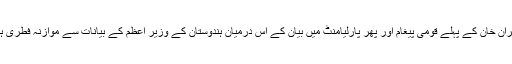
عمران خان کے پہلے قومی پیغام اور پھر پارلیامنٹ میں بیان کے اس درمیان ہندوستان کے وزیر اعظم کے بیانات سے موازنہ فطری ہے۔